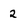
Character: 2